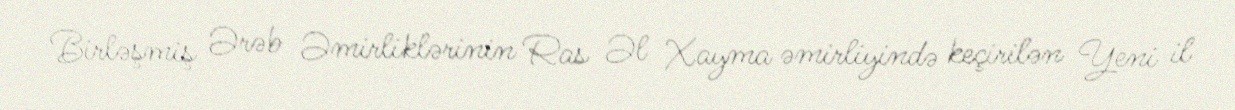
Birləşmiş Ərəb Əmirliklərinin Ras Əl Xayma əmirliyində keçirilən Yeni il